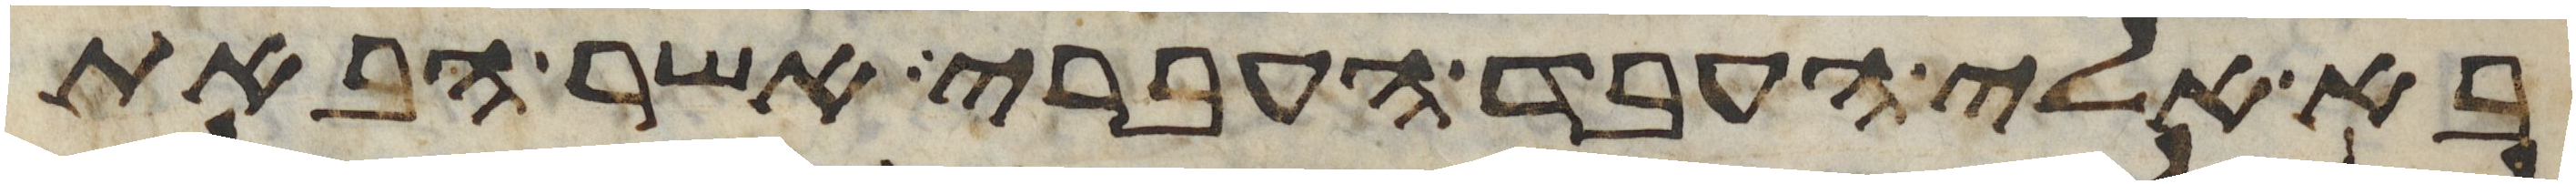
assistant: בא אלי העבד העברי אשר הבאת